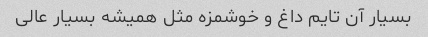
بسیار آن تایم داغ و خوشمزه مثل همیشه بسیار عالی